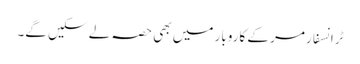
ٹرانسفارمر کے کاروبار میں بھی حصہ لے سکیں گے۔